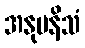
အနုပနိသံ